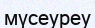
мүсеуреу